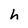
Character: h